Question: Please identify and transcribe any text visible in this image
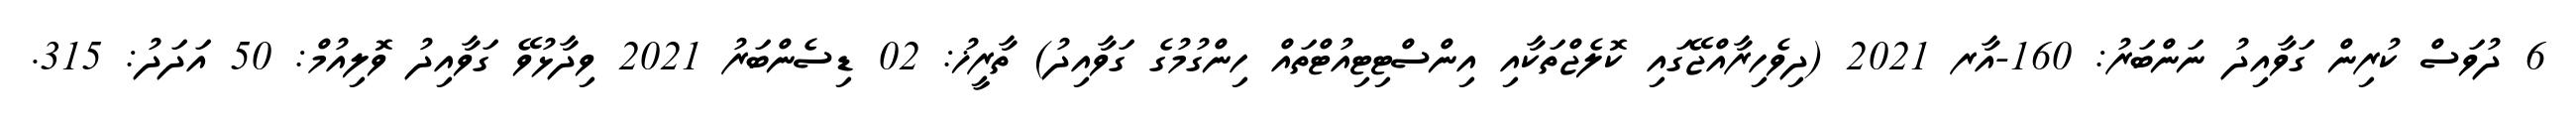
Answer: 6 ދުވަސް ކުރިން ގަވާއިދު ނަންބަރު: 160-އާރ 2021 (ދިވެހިރާއްޖޭގައި ކޮލެޖްތަކާއި އިންސްޓިޓިއުޓްތައް ހިންގުމުގެ ގަވާއިދު) ތާރީޚު: 02 ޑިސެންބަރު 2021 ވިދާޅުވޭ ގަވާއިދު ވޮލިއުމް: 50 އަދަދު: 315.